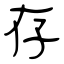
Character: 存